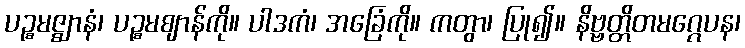
ပဉ္စမဇ္ဈာနံ၊ ပဉ္စမဈာန်ကို။ ပါဒကံ၊ အခြေံကို။ ကတွာ၊ ပြု၍။ နိဗ္ဗတ္တိတမဂ္ဂေပန၊